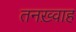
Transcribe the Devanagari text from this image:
तनख़्वाह